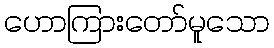
ဟောကြားတော်မူသော